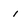
Character: i